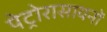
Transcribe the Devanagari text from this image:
पेट्रोरासायनों